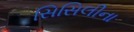
સિસિલીના